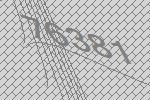
76381